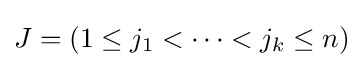
J=(1\leq j_{1}<\cdots <j_{k}\leq n)